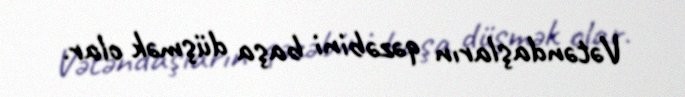
Vətəndaşların qəzəbini başa düşmək olar.